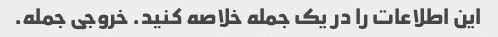
این اطلاعات را در یک جمله خلاصه کنید. خروجی جمله.